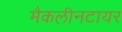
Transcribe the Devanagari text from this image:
मैकलीनटायर